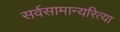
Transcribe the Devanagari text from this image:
सर्वसामान्यरित्या